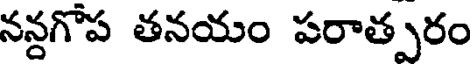
నన్దగోప తనయం పరాత్పరం